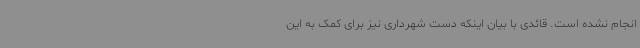
انجام نشده است. قائدی با بیان اینکه دست شهرداری نیز برای کمک به این